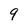
Character: 9